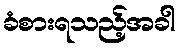
ခံစားရသည့်အခါ